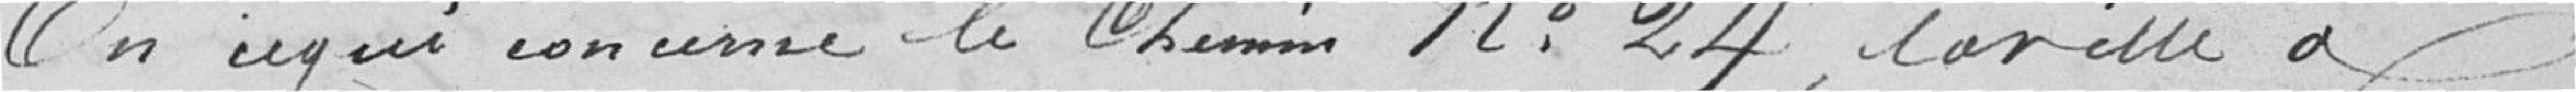
En ce qui concerne le Chemin 12 ; 24,la ville a